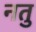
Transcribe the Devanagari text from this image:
नतु